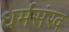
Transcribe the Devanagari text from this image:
धर्मसंख